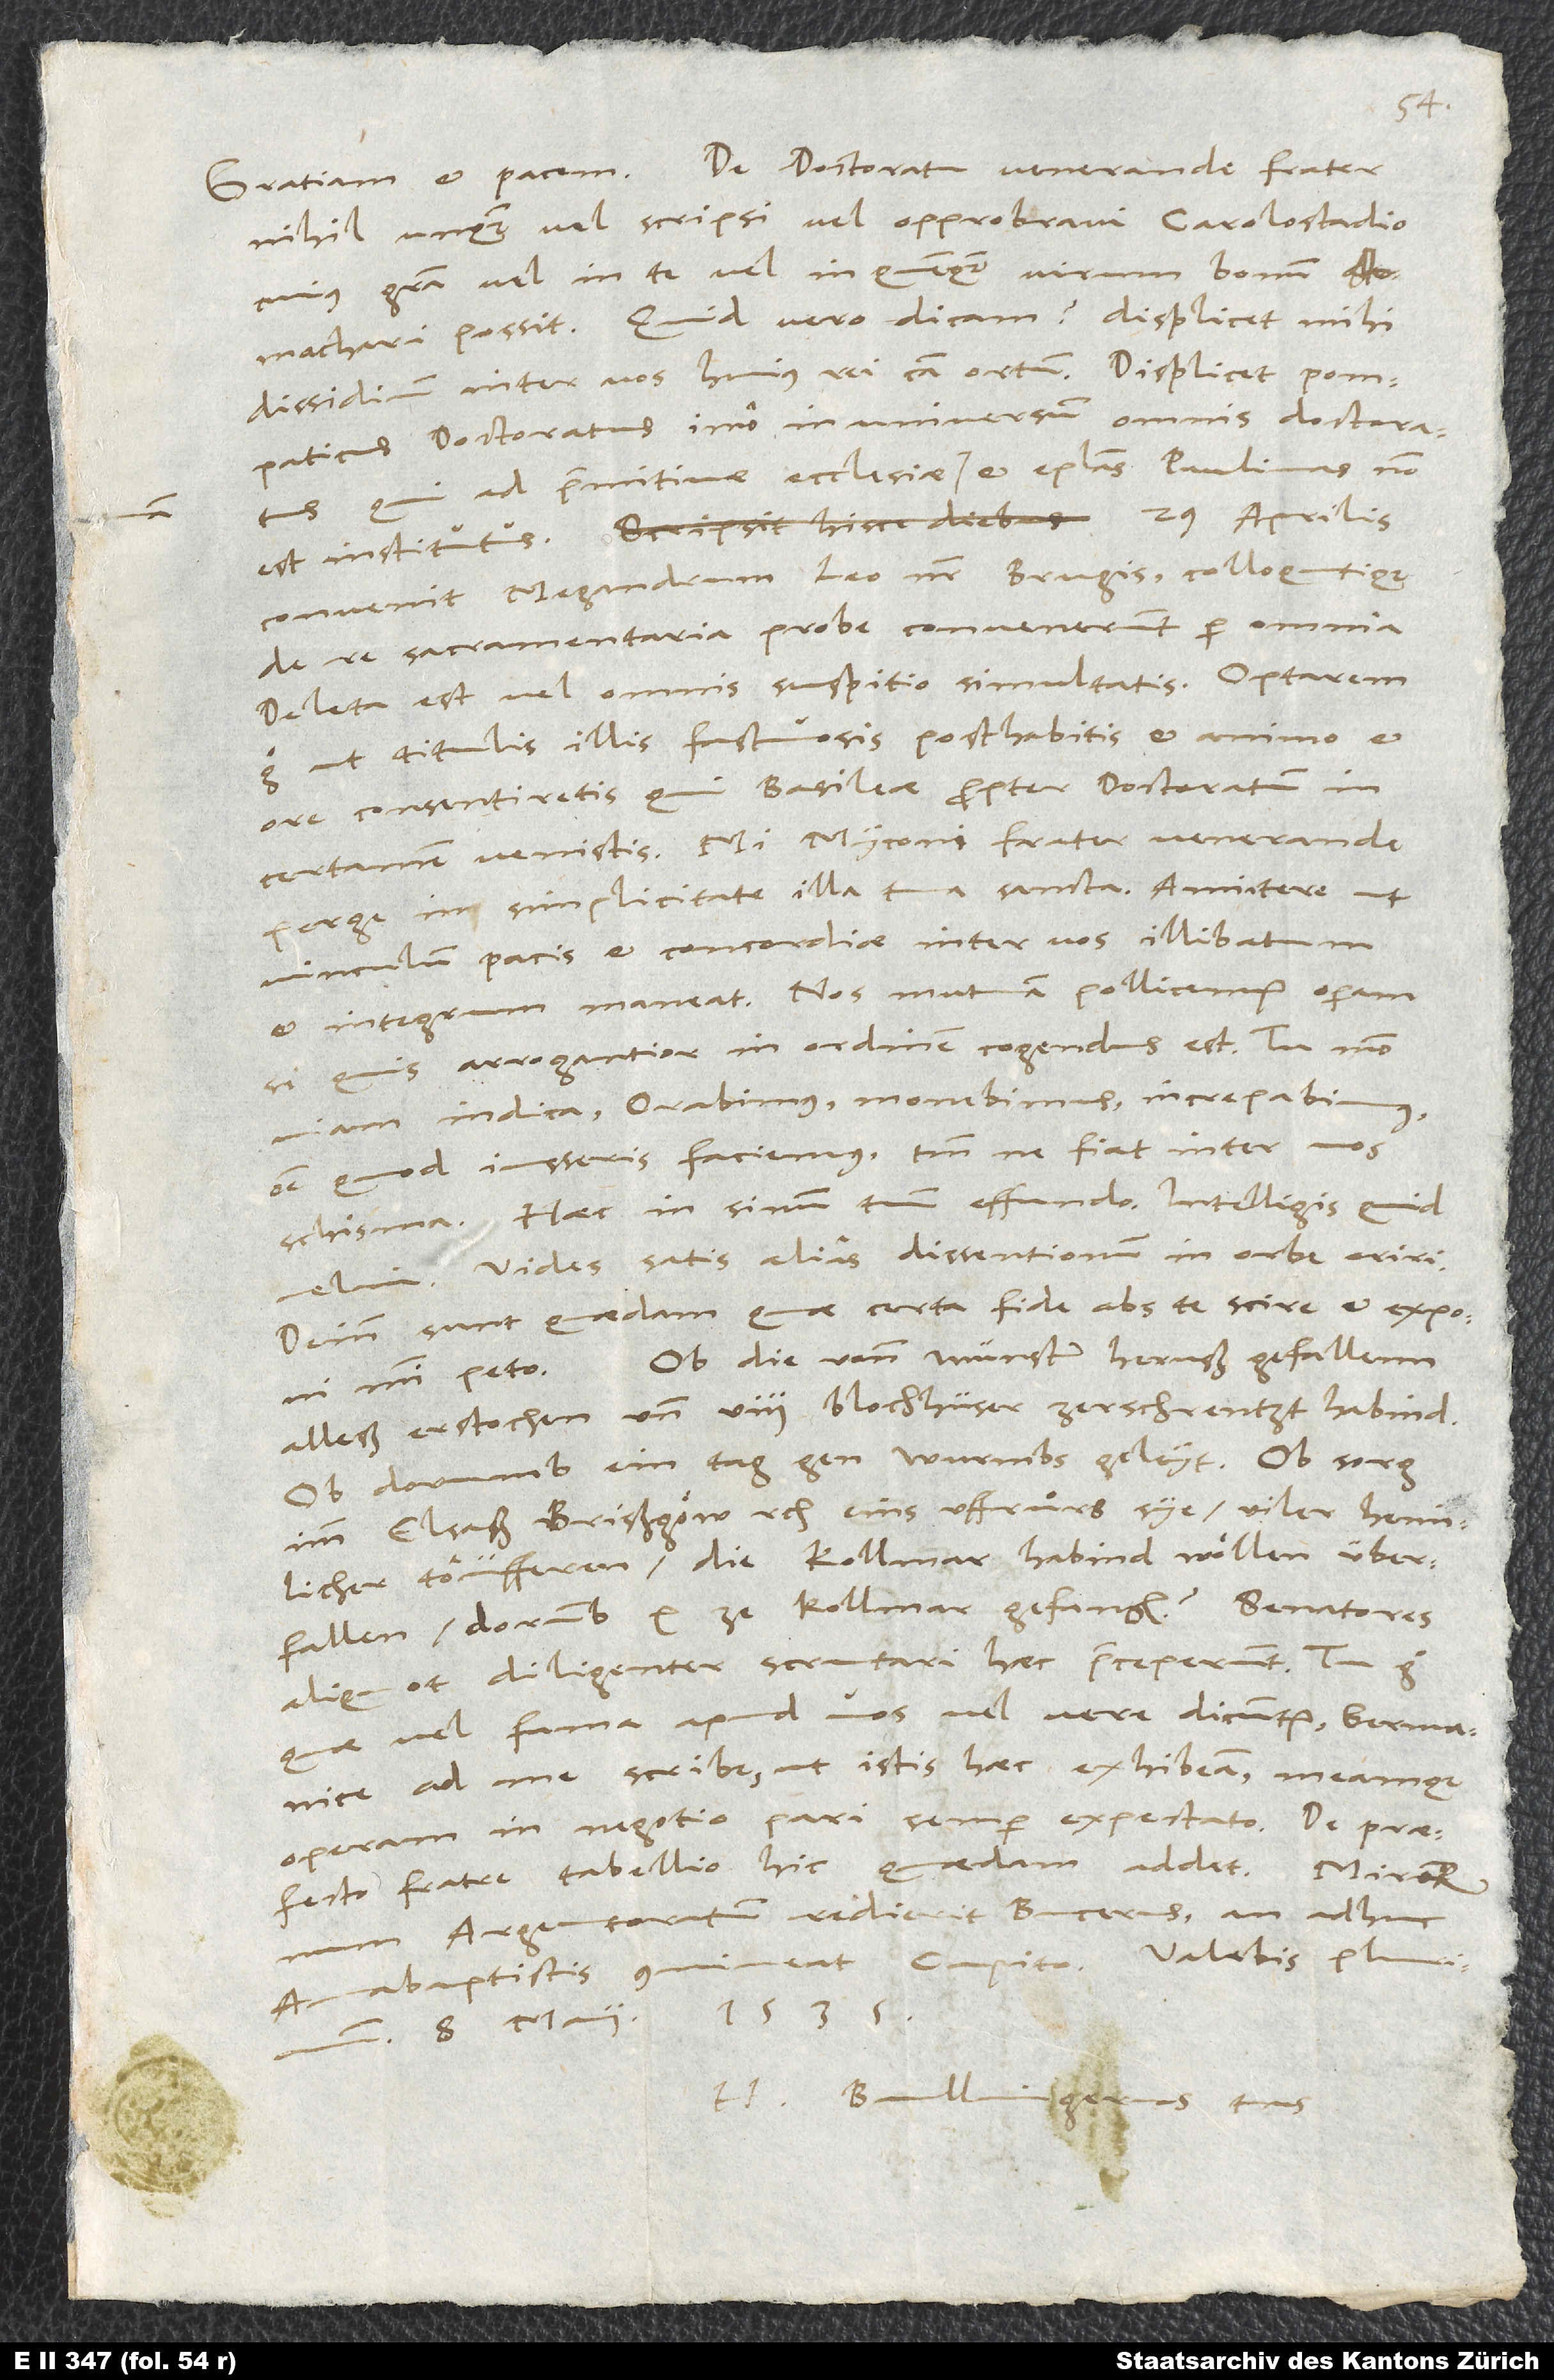
nihil unquam vel scripsi vel opprobravi Carolostadio,
cuius gratia vel in te vel in quenquam virum bonum
stomachari possit. Quid vero dicam? Displicet mihi
dissidium inter vos huius rei causa ortum. Displicet pompaticus
Doctoratus, imo in universum omnis Doctoratus,
qui ad primitivae ecclesiae rmam et epistolas Paulinas non
convenit Megandrum Leo noster Brugis colloquutique
de re sacramentaria probe convenerunt per omnia.
Deleta est vel omnis suspitio simultatis.
ego, ut titulis illis fastuosis posthabitis et animo et
ore consentiretis, qui Basileae propter doctoratum in
certamen venistis. Mi Myconi, frater venerande,
perge in simplicitate illa tua sancta. Annitere, ut
vinculum pacis et concordiae inter vos illibatum
et integrum maneat. Nos mutuam pollicemur operam,
si quis arrogantior in ordinem cogendus est. Tu modo
indica. Orabimus, monebimus, increpabimus,
quod iusseris faciemus, tantum ne fiat inter vos
schisma. Haec in sinum tuum effundo. Intelligis, quid
velim. Vides satis alias dissentionum in orbe oriri.
Deinde sunt quaedam, quae certa fide abs te scire et exponi
Ob die vonn Münster herußgefallenn,
mihi peto:
alleß erstochen und 8 blochhüser zerschrentzt habind,
ob dorum ein Tag gen Wurmbs geleyt, ob sorg
immElsaß, Brißgöw etc. eins uffruͦrs sye, viler heimlicher
töüfferen, die Kollmar habind wöllen überfallen,
dorumb 10 ze Kollmar gefangen? Senatores
aliquot diligenter scrutari haec praeceperunt. Tu ergo,
quae vel fama apud vos vel vere dicuntur, germanice
ad me scribe, ut istis haec exhibeam, meamque
operam in negotio pari semper expectato.
praefecto frater tabellio hic quaedam addet.
Argentoratum redierit Bucerus, an adhuc
8. maii 1535.
H. Bullingerus tuus.